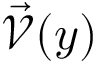
\vec { \mathcal { V } } ( y )